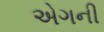
એગની